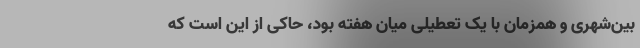
بین‌شهری و همزمان با یک تعطیلی میان هفته بود، حاکی از این است که